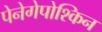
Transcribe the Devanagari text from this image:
पेनेगेपोश्किन